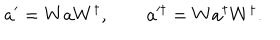
a ^ { \prime } = W a W ^ { \dagger } , \qquad a ^ { \prime \dagger } = W a ^ { \dagger } W ^ { \dagger } .